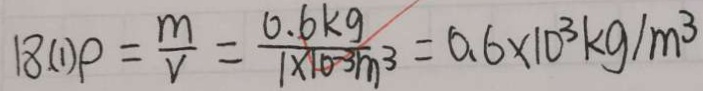
1 8 . ( 1 ) \rho = \frac { m } { V } = \frac { 0 . 6 k g } { 1 \times 1 0 ^ { - 3 } m ^ { 3 } } = 0 . 6 \times 1 0 ^ { 3 } k g / m ^ { 3 }